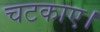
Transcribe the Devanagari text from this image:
चटकाए।